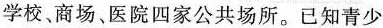
学校、商场、医院四家公共场所。已知青少